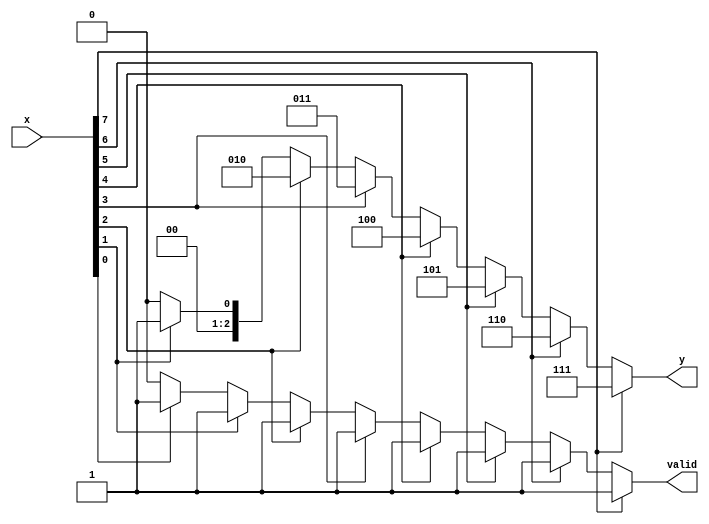
`timescale 1ns / 1ps
//////////////////////////////////////////////////////////////////////////////////
// Company: 
// Engineer: 
// 
// Design Name: 
// Module Name:    lab5_1_dd 
// Project Name: 
// Target Devices: 
// Tool versions: 
// Description: 
//
// Dependencies: 
//
// Revision: 
// Revision 0.01 - File Created
// Additional Comments: 
//
//////////////////////////////////////////////////////////////////////////////////
module lab5_1_dd(
input wire [7:0] x,
output reg [2:0] y,
output reg valid
    );
integer i;
always @(*)
begin
	y = 0;
	valid = 0;
	for (i = 0; i<=7;i=i+1)
		if(x[i] == 1)
			begin
				y=i;
				valid =1;
			end
end

endmodule